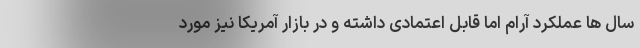
سال ها عملکرد آرام اما قابل اعتمادی داشته و در بازار آمریکا نیز مورد